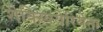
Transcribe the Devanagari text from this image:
शेक्स्पियेरियेना